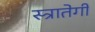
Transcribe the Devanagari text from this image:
स्त्रातेगी